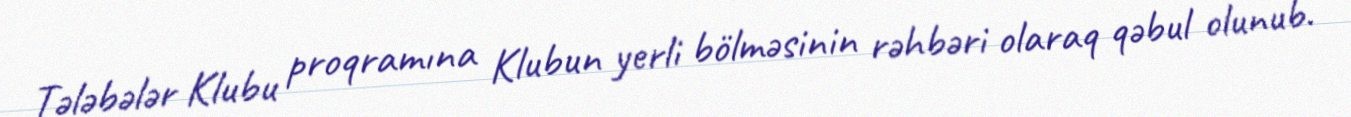
Tələbələr Klubu proqramına Klubun yerli bölməsinin rəhbəri olaraq qəbul olunub.